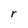
Character: r